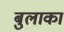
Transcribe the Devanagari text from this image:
बुलाकां